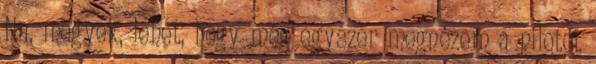
Na, megyek, lehet, hogy még egyszer megnézem a pilotot